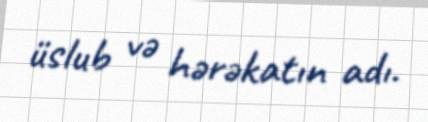
üslub və hərəkatın adı.